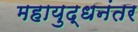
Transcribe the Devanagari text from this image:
महायुद्धनंतर